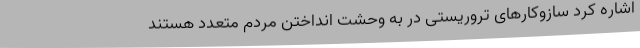
اشاره کرد سازوکارهای تروریستی در به وحشت انداختن مردم متعدد هستند